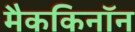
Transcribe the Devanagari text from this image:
मैककिनॉन